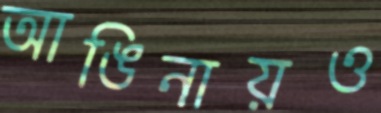
আঙিনায়ও